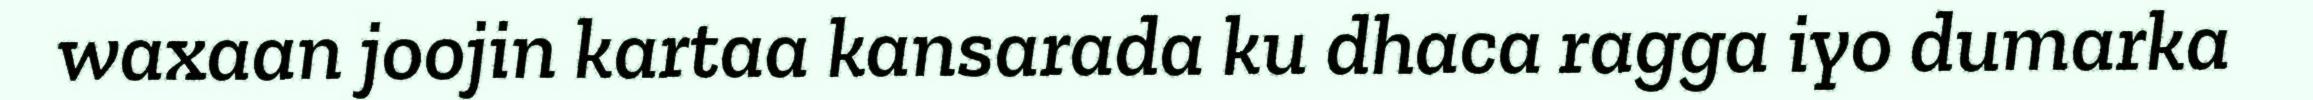
waxaan joojin kartaa kansarada ku dhaca ragga iyo dumarka